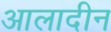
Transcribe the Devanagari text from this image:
आलादीन